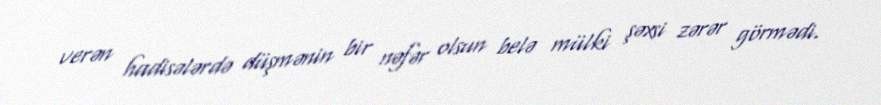
verən hadisələrdə düşmənin bir nəfər olsun belə mülki şəxsi zərər görmədi.